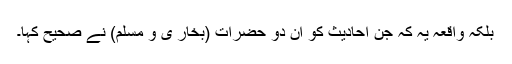
بلکہ واقعہ یہ کہ جن احادیث کو ان دو حضرات (بخار ی و مسلم) نے صحیح کہا۔